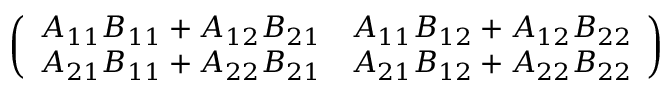
\left( \begin{array} { l l } { A _ { 1 1 } B _ { 1 1 } + A _ { 1 2 } B _ { 2 1 } } & { A _ { 1 1 } B _ { 1 2 } + A _ { 1 2 } B _ { 2 2 } } \\ { A _ { 2 1 } B _ { 1 1 } + A _ { 2 2 } B _ { 2 1 } } & { A _ { 2 1 } B _ { 1 2 } + A _ { 2 2 } B _ { 2 2 } } \end{array} \right)